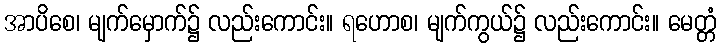
အာပိစေ၊ မျက်မှောက်၌ လည်းကောင်း။ ရဟောစ၊ မျက်ကွယ်၌ လည်းကောင်း။ မေတ္တံ